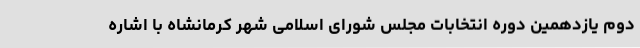
دوم یازدهمین دوره انتخابات مجلس شورای اسلامی شهر کرمانشاه با اشاره